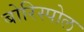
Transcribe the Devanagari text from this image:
बोरिस्पोल